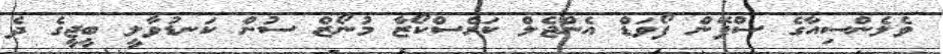
ވެލެންސިއާގެ ސްޕޭން ފޯވަޑް އެންޖެލް ކަރެސްކޯޒާ މުނޯޒް ސުން ކަނޑުވާލީ ބީޖީގެ ދެ